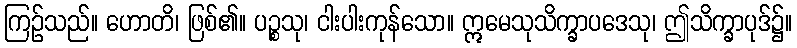
ကြဉ်သည်။ ဟောတိ၊ ဖြစ်၏။ ပဉ္စသု၊ ငါးပါးကုန်သော။ ဣမေသုသိက္ခာပဒေသု၊ ဤသိက္ခာပုဒ်၌။